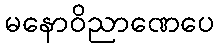
မနောဝိညာဏေပေ